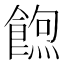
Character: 𮩃